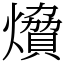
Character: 燲